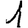
Digit: 1